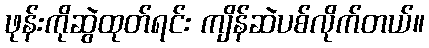
ဖုန်းကိုဆွဲထုတ်ရင်း ကျိန်ဆဲပစ်လိုက်တယ်။